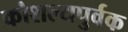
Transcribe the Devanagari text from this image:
कौशल्यपुर्वक